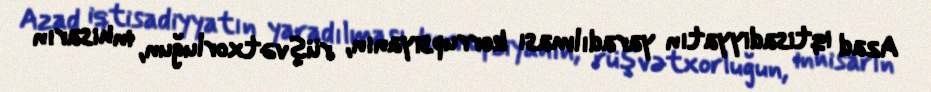
Azad iqtisadiyyatın yaradılması korrupsiyanın, rüşvətxorluğun, inhisarın